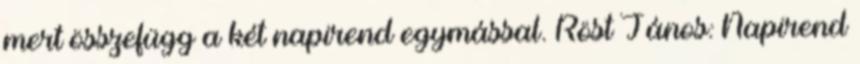
mert összefügg a két napirend egymással. Röst János: Napirend